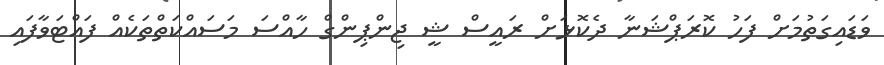
ވަޑައިގަތުމަށް ފަހު ކޮރަޕްޝަނާ ދެކޮޅަށް ރައީސް ޝީ ޖިންޕިންގް ހާއްސަ މަސައްކަތްތަކެއް ފައްޓަވާފައި